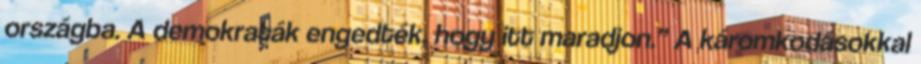
országba. A demokraták engedték, hogy itt maradjon.” A káromkodásokkal